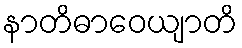
နာတိဓာဝေယျာတိ